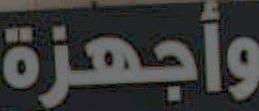
وأجهزة